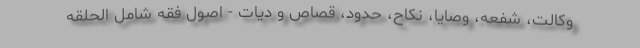
وکالت، شفعه، وصایا، نکاح، حدود، قصاص و دیات - اصول فقه شامل الحلقه